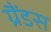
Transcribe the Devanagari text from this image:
ग्रैंडस